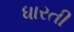
ધારતી